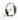
0